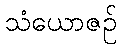
သံယောဇဉ်